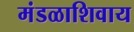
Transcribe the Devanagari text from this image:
मंडळाशिवाय